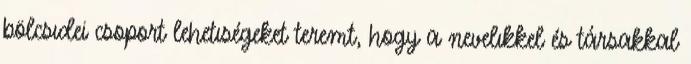
bölcsıdei csoport lehetıségeket teremt, hogy a nevelıkkel és társakkal